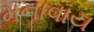
મનાવાય